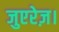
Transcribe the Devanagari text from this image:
जुएरेज़।